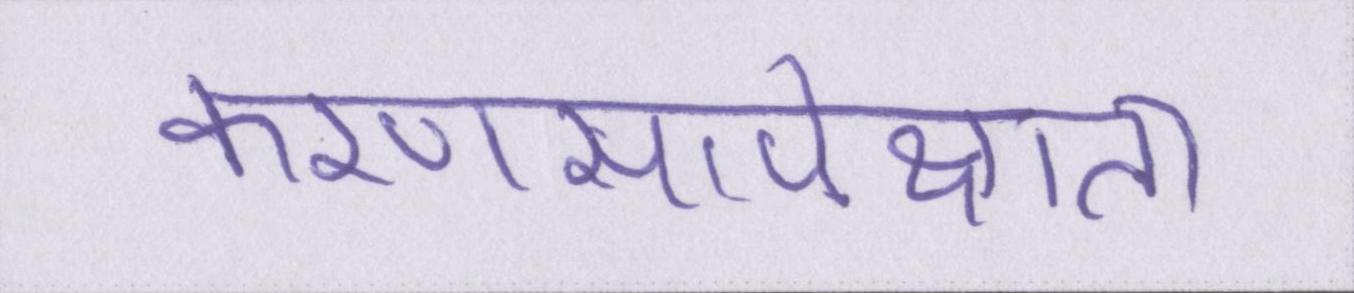
करणसापेक्षता